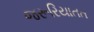
જરૂરિયાતત